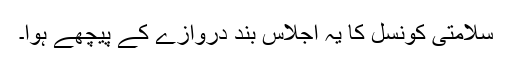
سلامتی کونسل کا یہ اجلاس بند دروازے کے پیچھے ہوا۔